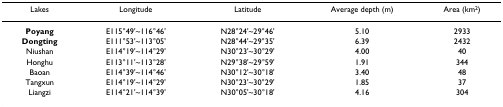
<table><thead><tr><td><b>Lakes</b></td><td><b>Longitude</b></td><td><b>Latitude</b></td><td><b>Average depth (m)</b></td><td><b>Area (km<sup>2</sup>)</b></td></tr></thead><tbody><tr><td><b>Poyang</b></td><td>E115°49&#x27;~116°46&#x27;</td><td>N28°24&#x27;~29°46&#x27;</td><td>5.10</td><td>2933</td></tr><tr><td><b>Dongting</b></td><td>E111°53&#x27;~113°05&#x27;</td><td>N28°44&#x27;~29°35&#x27;</td><td>6.39</td><td>2432</td></tr><tr><td>Niushan</td><td>E114°19&#x27;~114°29&#x27;</td><td>N30°23&#x27;~30°29&#x27;</td><td>4.00</td><td>40</td></tr><tr><td>Honghu</td><td>E113°11&#x27;~113°28&#x27;</td><td>N29°38&#x27;~29°59&#x27;</td><td>1.91</td><td>344</td></tr><tr><td>Baoan</td><td>E114°39&#x27;~114°46&#x27;</td><td>N30°12&#x27;~30°18&#x27;</td><td>3.40</td><td>48</td></tr><tr><td>Tangxun</td><td>E114°19&#x27;~114°29&#x27;</td><td>N30°23&#x27;~30°29&#x27;</td><td>1.85</td><td>37</td></tr><tr><td>Liangzi</td><td>E114°21&#x27;~114°39&#x27;</td><td>N30°05&#x27;~30°18&#x27;</td><td>4.16</td><td>304</td></tr></tbody></table>